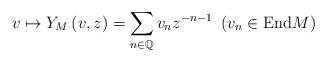
LaTeX: \begin{align*}v\mapsto Y_{M}\left(v,z\right)=\sum_{n\in\mathbb{Q}}v_{n}z^{-n-1}\ \left(v_{n}\in\mbox{End}M\right)\end{align*}